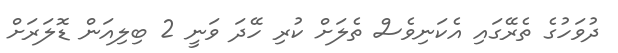
ދުވަހުގެ ތެރޭގައި އެކަނިވެސް ތެލަށް ކުރި ހޭދަ ވަނީ 2 ބިލިއަން ޑޮލަރަށް